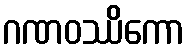
ဂဏဝဿိကော